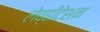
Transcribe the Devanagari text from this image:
लेव्हीटेशन